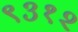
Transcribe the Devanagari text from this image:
९३१२